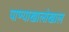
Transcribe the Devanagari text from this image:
पाण्याखालोखाल